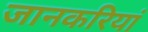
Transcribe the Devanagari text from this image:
जानकरियां